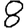
Digit: 8